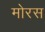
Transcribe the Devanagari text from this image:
मोरस